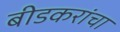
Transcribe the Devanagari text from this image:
बीडकरांचा